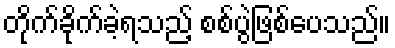
တိုက်ခိုက်ခဲ့ရသည့် စစ်ပွဲဖြစ်ပေသည်။